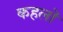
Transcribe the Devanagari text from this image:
कहलॊ